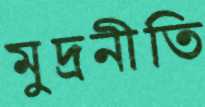
মুদ্রনীতি